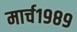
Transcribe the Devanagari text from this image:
मार्च१९८९